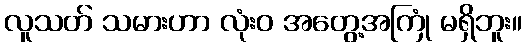
လူသတ် သမားဟာ လုံးဝ အတွေ့အကြုံ မရှိဘူး။